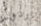
يردون